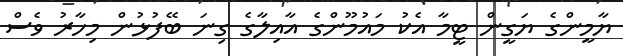
ޔާމީންގެ ޔަގީން ޓީމާ އެކު މައުމޫންގެ އާއިލާގެ ގިނަ ބޭފުޅުން މިހާރު ވެސް